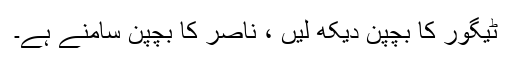
ٹیگور کا بچپن دیکھ لیں ، ناصر کا بچپن سامنے ہے۔